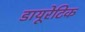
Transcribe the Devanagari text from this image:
डायूरेटिक